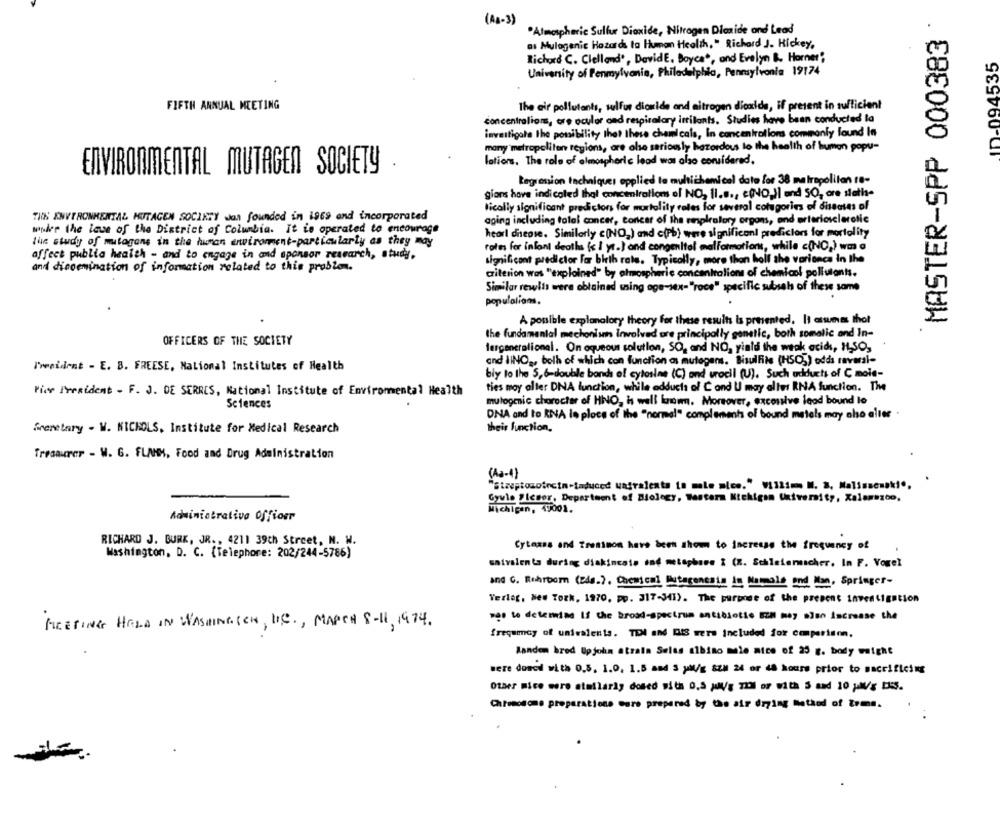
(AB-3)
. Atmospheric Sulfur Dioxide, Nitrogen Dioxide and Lead
MASTER-SPP 000383
as Mulogenic Hazards ta Human Health, " Richard J. Hickey,
Richard C. Clelland', DavidE. Boyce", and Evelyn &. Horner"
ID-094535
University of Penmylvania, Philadelphia, Pennsylvania 19174
FIFTH ANNUAL MEETING
The air pollutants, sulfur dioxide and nitrogen dioxide, if present in sufficient
concentralions, are ocular and respiratory irritants. Studies have been conducted la
investigate the possibility that these chemicals, In concentrations commonly found In
many metropolitan regions, are also seriously hazardous to the health of human popu-
lations. The role of almospheric lead was also considered.
ENVIRONMENTAL MUTAGEN SOCIETY
Lagrenion tachniques applied to multichemical date for 38 metropolitan re-
gians have indicated that concentrations of NO, 11.s ., c(NO_)] and SO, ore statis-
tically significant predictors for mortality rates for several cotugories of diseases of
THE ENVIRONMENTAL MUTAGEN SOCIETY was founded in 1969 and incorporated
aging including total concer, concar of the ranplralory orgons, and urteriasclerotie
wonder the laws of the District of Columbia. It is operated to encourage
heorl dhesse. Similarly c(NO ) and c(Pb) were significant predictors for mortality
the study of mutogans in the huren wwviroment-particularly as they may
rates for infant deaths (si ye.) and congenital malformations, while c(NO2) was a
affect publia health - and to engage in and sponsor research, study,
and dissemination of information related to this problem.
significant predictor For birth rate. Typically, more than holl the variance in the
criterion was "explained" by atmospheric concentrations of chemical pollutants.
Similar rewits were obtained wing oge-sex-"roce" specific subsahs of these same
populations.
A possible explanatory theory for these results is presented. It assumes thot
the fundamental mechanisms involved are principally genetic, both somatic and In-
OFFICERS OF THE SOCIETY
fergenerational. On oqueous solution, SO, and NO, yiald the weak acid, 1,50,
and IINO ,, both of which con function as mutogens. Bisulfite (HSO3) odds raveral-
President - E. B. FREESE, National Institutes of Health
bly to the 5,6-double bands of cytosine (C) and wrocil (U). Such udducts of C mole-
ties moy alter DNA function, while adducts of C and U may alles RNA function. The
Pier I'veaident - F. J. DE SERRES, National Institute of Enviromental Health
Sciences
mulogenic chorocter of HNO, is well kaum. Moreover, excessive lead bound lo
DNA and to RNA le ploce of the "normal" complement of bound metals may also alles
Sheretary - W. NICHOLS, Institute for Medical Research
their function,
Tresaurer - W. G. FLANK, Food and Drug Administration
( A3 -1)
Streptosotrcin-laduced unfralents to male nice." #11lfm N. 3. Malisacsaki .,
Gyula Slcsor, Department of Biology, Tasters Nickigsm University, Xalemezco.
Michigan, 49001.
Administrativo Offios
RICHARD J. BURK, JR. , 4211 39th Street, N. W.
Cytexes and Trosimon have been shown to increase the frequency of
Washington, D. C. (Telephone: 202/244-5786)
saivalenta during diakincate end metaphase i (Z. Schleiermacher. In F. Vogel
and C. Rohrborn (Eds.). Chemical Mutagenesis in Natmals and Man, Springer-
Verlag, New York, 1970, pp. 317-341). The purpose of the present investigation
MEETING HELD IN WASHINGTON, D.C ., MARCH 8-11, 1974.
see to determine If the broad-spectrum antibiotic EZH mey also increase the
frequmay of uniealents. TEN and RIS were Included for comparison.
Manden bred Upjohn atrain Swiss albino mie nice of 25 g. body weight
were doncd with 0,5, 1.0, 1.5 and 3 yMl/g 8ZM 24 or 48 hours prior to sacrificing
Other mice were atmilarly dosed with 0,5 Mg TIOl or with 5 and 10 pM/g EKS.
Chromosoms preparations care prepared by the air drying Method of trms.